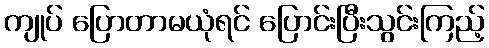
ကျုပ် ပြောတာမယုံရင် ပြောင်းပြီးသွင်းကြည့်